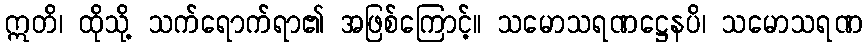
ဣတိ၊ ထိုသို့ သက်ရောက်ရာ၏ အဖြစ်ကြောင့်။ သမောသရဏဋ္ဌေနပိ၊ သမောသရဏ